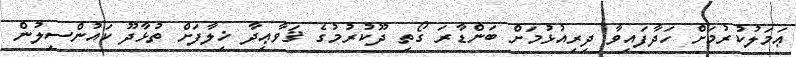
ޢަމަލުކުރުމަށް ހަދާފައިވާ ދިރިއުޅުމަށް ބަންޑާރަ ގޯތި ދޫކުރުމުގެ ޤަވާޢިދާ ޚިލާފަށް ތުޅާދޫ ކައުންސިލުން